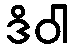
ဒိဝါ